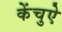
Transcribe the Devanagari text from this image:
केंचुऐ